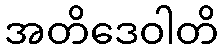
အတိဒေဝါတိ